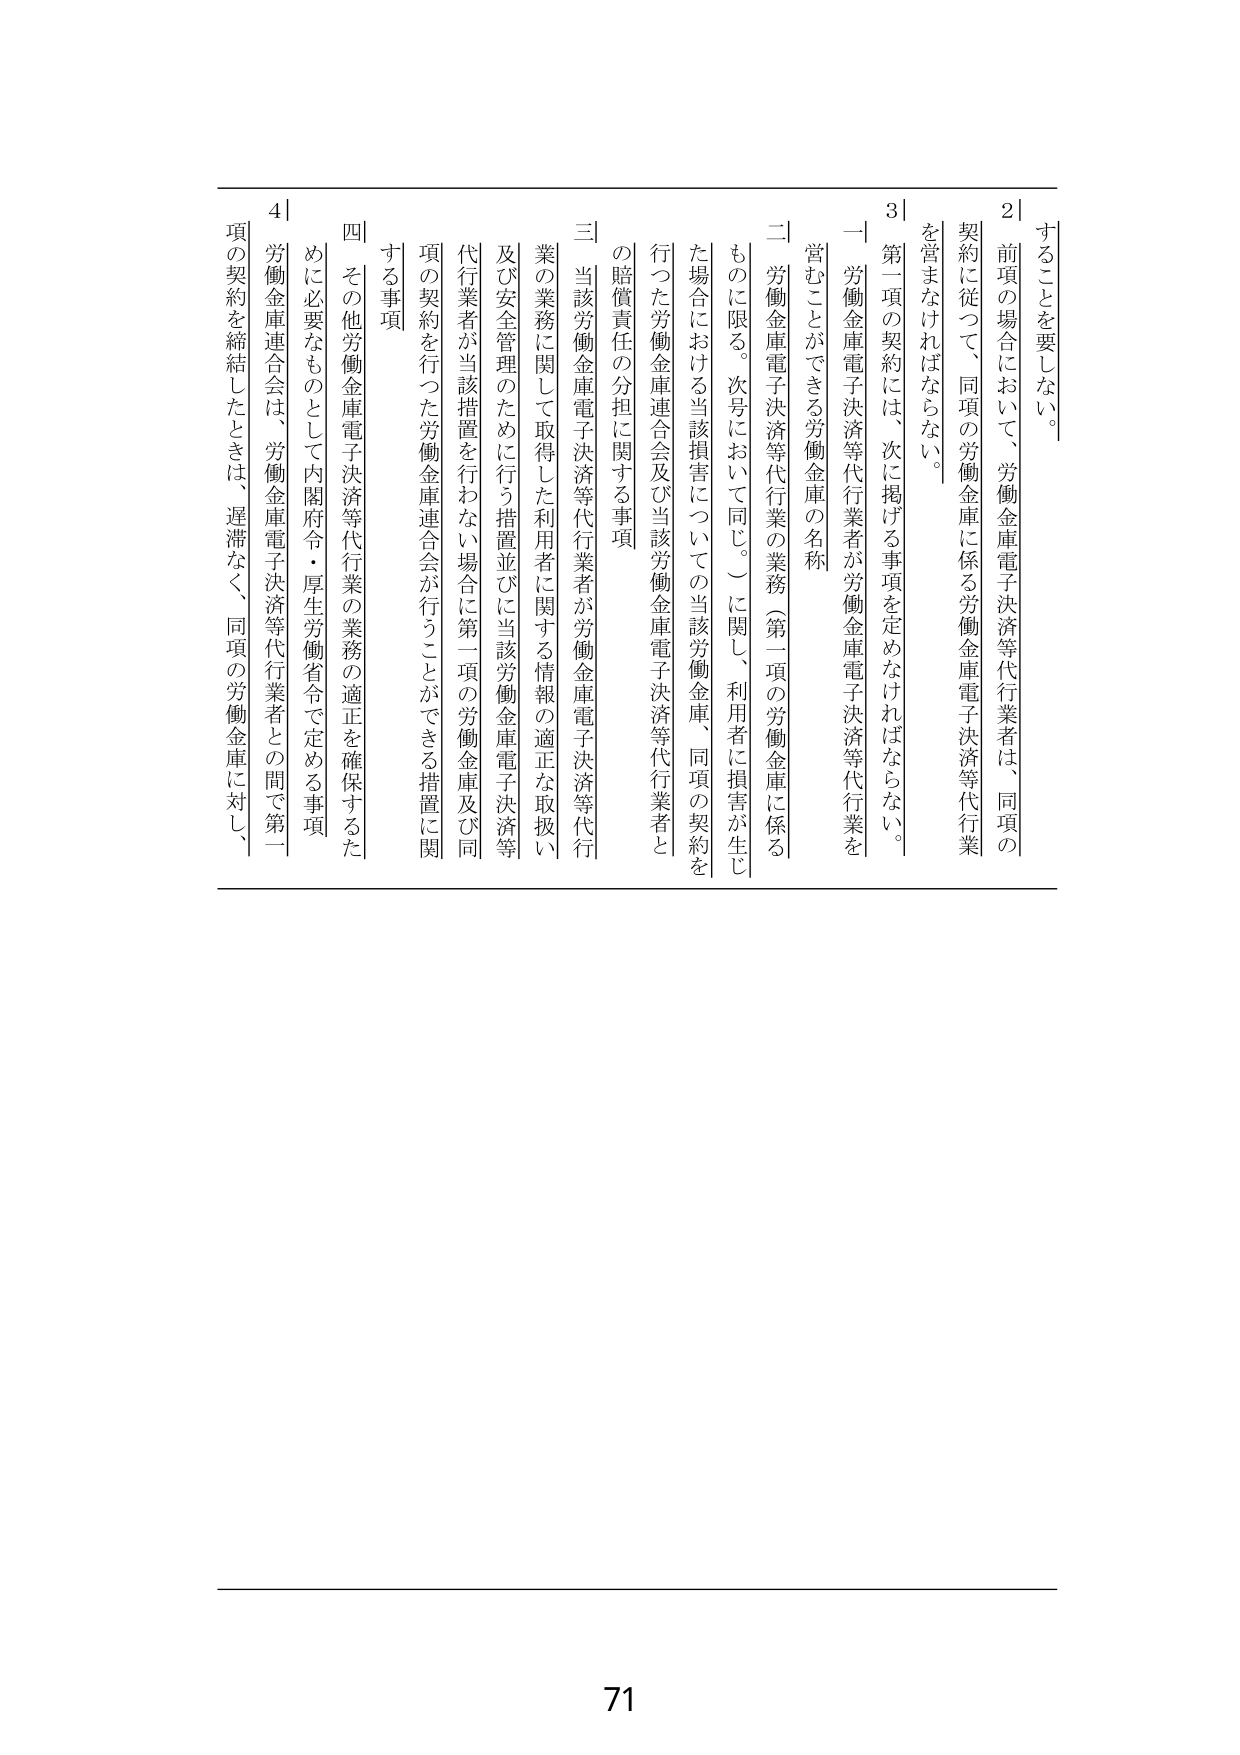
することを要しない。

2｜前項の場合において、労働金庫電子決済等代行業者は、同項の契約に従って、同項の労働金庫に係る労働金庫電子決済等代行業を営まなければならない。

3｜第一項の契約には、次に掲げる事項を定めなければならない。

一 労働金庫電子決済等代行業者が労働金庫電子決済等代行業を営むことができる労働金庫の名称

二 労働金庫電子決済等代行業の業務（第一項の労働金庫に係るものに限る。次号において同じ。）に関し、利用者に損害が生じた場合における当該損害についての当該労働金庫、同項の契約を行った労働金庫連合会及び当該労働金庫電子決済等代行業者との賠償責任の分担に関する事項

三 当該労働金庫電子決済等代行業者が労働金庫電子決済等代行業の業務に関して取得した利用者に関する情報の適正な取扱い及び安全管理のために行う措置並びに当該労働金庫電子決済等代行業者が当該措置を行わない場合に第一項の労働金庫及び同項の契約を行った労働金庫連合会が行うことができる措置に関する事項

四 その他労働金庫電子決済等代行業の業務の適正を確保するために必要なものとして内閣府令・厚生労働省令で定める事項

4｜労働金庫連合会は、労働金庫電子決済等代行業者との間で第一項の契約を締結したときは、遅滞なく、同項の労働金庫に対し、

71